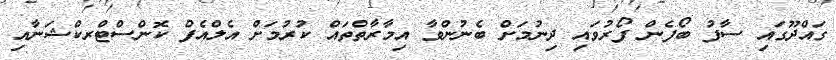
ގައްދޫގައި ސާފު ބޯފެން ފޯރުވައި ދިނުމަށް ބެނުންވާ އިމާރާތްތައް ކުރުމަށް އެލްއެފް ކޮންސްޓްރކްޝަނާއި